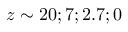
z \sim 2 0 ; 7 ; 2 . 7 ; 0